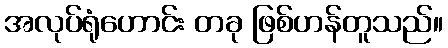
အလုပ်ရုံဟောင်း တခု ဖြစ်ဟန်တူသည်။